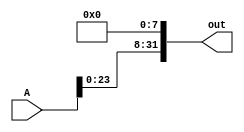
module leftshift_8(A, out);
    input [31:0] A;
    output [31:0] out;

    assign out[31:8] = A[23:0];
    assign out[0] = 1'b0;        
    assign out[1] = 1'b0;
    assign out[2] = 1'b0;
    assign out[3] = 1'b0;
    assign out[4] = 1'b0;
    assign out[5] = 1'b0;
    assign out[6] = 1'b0;
    assign out[7] = 1'b0;

endmodule